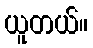
ယူတယ်။